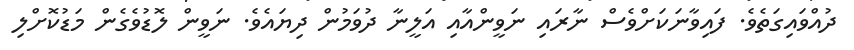
ދުއްވައިގަތެވެ. ފައިވާނަކަށްވެސް ނާރައި ނަވީންއާއި އަލީނާ ދުވަމުން ދިޔައެވެ. ނަވީން ލޮޑުވެގެން މަޑުކޮށްލި